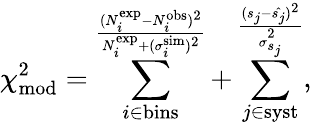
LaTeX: \chi_{\mathrm{mod}}^{2}=\sum_{i\in\mathrm{bins}}^\frac{(N_{i}^{\mathrm{exp}}-N_{i}^{\mathrm{obs}})^{2}}{N_{i}^{\mathrm{exp}}+(\sigma_{i}^{\mathrm{sim}})^{2}}+\sum_{j\in\mathrm{syst}}^\frac{(s_{j}-\hat{s_{j}})^{2}}{\sigma_{s_{j}}^{2}},